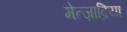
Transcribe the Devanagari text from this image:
मेत्ज़ाद्रिया